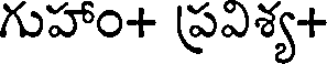
గుహాం+ ప్రఎశ్య+